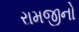
રામજીનો